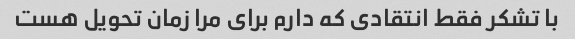
با تشکر فقط انتقادی که دارم برای مرا زمان تحویل هست